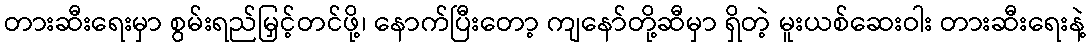
တားဆီးရေးမှာ စွမ်းရည်မြှင့်တင်ဖို့၊ နောက်ပြီးတော့ ကျနော်တို့ဆီမှာ ရှိတဲ့ မူးယစ်ဆေးဝါး တားဆီးရေးနဲ့